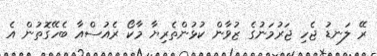
ރޭ ލަނޑު ޖެހި ޖަރުމަނުގެ ޒުވާން ކުޅުންތެރިޔާ މާކޯ ރެއުސްއާ ބެހޭގޮތުން އެ